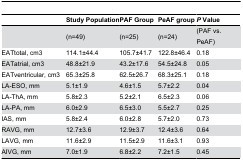
<table><thead><tr><td></td><td><b>Study Population</b></td><td><b>PAF Group </b></td><td><b>PeAF group </b></td><td><b><i>P</i> Value</b></td></tr></thead><tbody><tr><td></td><td>(n=49)</td><td>(n=25)</td><td>(n=24)</td><td>(PAF vs. PeAF)</td></tr><tr><td>EATtotal, cm3</td><td>114.1±44.4</td><td>105.7±41.7</td><td>122.8±46.4</td><td>0.18</td></tr><tr><td>EATatrial, cm3</td><td>48.8±21.9</td><td>43.2±17.6</td><td>54.5±24.8</td><td>0.05</td></tr><tr><td>EATventricular, cm3</td><td>65.3±25.8</td><td>62.5±26.7</td><td>68.3±25.1</td><td>0.18</td></tr><tr><td>LA-ESO, mm</td><td>5.1±1.9</td><td>4.6±1.5</td><td>5.7±2.2</td><td>0.04</td></tr><tr><td>LA-ThA, mm</td><td>5.8±2.3</td><td>5.2±2.1</td><td>6.5±2.3</td><td>0.06</td></tr><tr><td>LA-PA, mm</td><td>6.0±2.9</td><td>6.5±3.0</td><td>5.5±2.7</td><td>0.25</td></tr><tr><td>IAS, mm</td><td>5.8±2.4</td><td>6.0±2.8</td><td>5.7±2.0</td><td>0.73</td></tr><tr><td>RAVG, mm</td><td>12.7±3.6</td><td>12.9±3.7</td><td>12.4±3.6</td><td>0.64</td></tr><tr><td>LAVG, mm</td><td>11.6±2.9</td><td>11.5±2.9</td><td>11.6±3.1</td><td>0.93</td></tr><tr><td>AIVG, mm</td><td>7.0±1.9</td><td>6.8±2.2</td><td>7.2±1.5</td><td>0.45</td></tr></tbody></table>